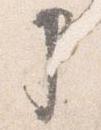
申